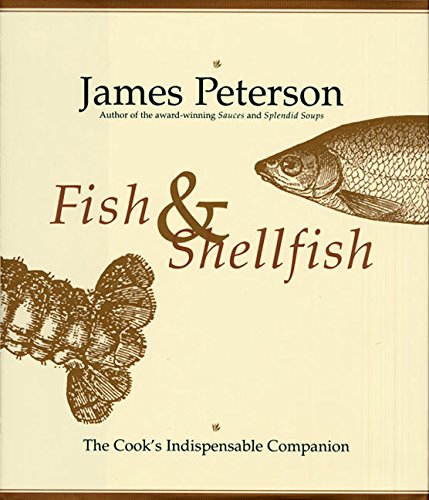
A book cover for Fish & Shellfish: The Cook's Indispensable Companion; James Peterson; Cookbooks, Food & Wine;